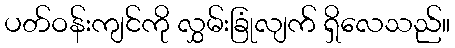
ပတ်ဝန်းကျင်ကို လွှမ်းခြုံလျက် ရှိလေသည်။